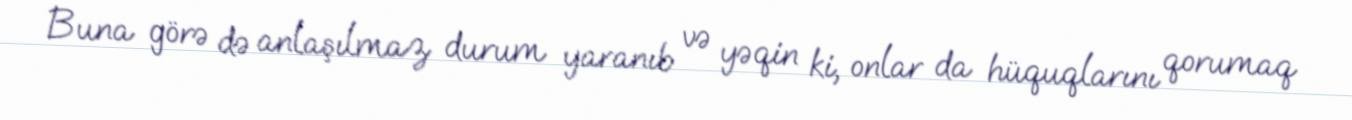
Buna görə də anlaşılmaz durum yaranıb və yəqin ki, onlar da hüquqlarını qorumaq